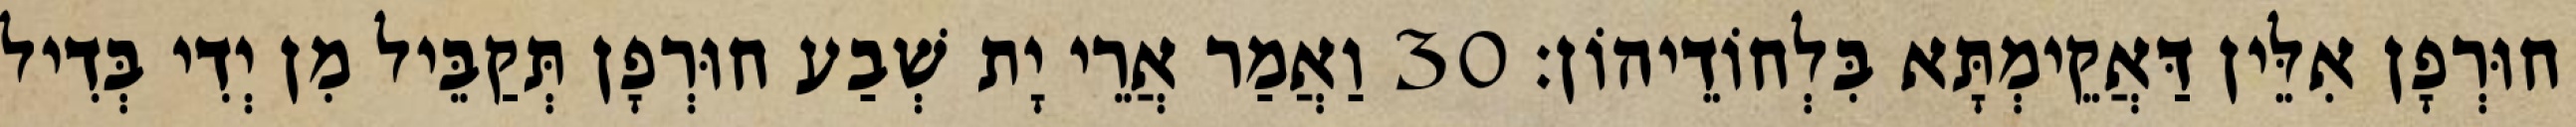
חוּרְפָן אִלֵּין דַּאֲקֵימְתָּא בִּלְחוֹדֵיהוֹן׃ 30 וַאֲמַר אֲרֵי יָת שְׁבַע חוּרְפָן תְּקַבֵּיל מִן יְדִי בְּדִיל